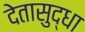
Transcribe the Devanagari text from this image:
देतासुद्धा